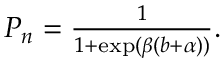
\begin{array} { r } { P _ { n } = \frac { 1 } { 1 + \exp ( \beta ( b + \alpha ) ) } . } \end{array}